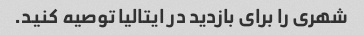
شهری را برای بازدید در ایتالیا توصیه کنید.